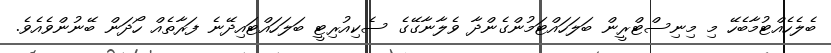
ބެލެހެއްޓުމާބެހޭ މި މިނިސްޓްރީން ބަލަހައްޓަމުންގެންދާ ވެލާނާގޭގެ ސެކިއުރިޓީ ބަލަހައްޓައިދޭނެ ފަރާތެއް ހޯދަން ބޭނުންވެއެވެ.